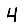
Digit: 4